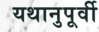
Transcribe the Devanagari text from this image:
यथानुपूर्वी